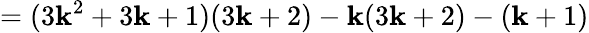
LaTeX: =(3\mathbf{k}^{2}+3\mathbf{k}+1)(3\mathbf{k}+2)-\mathbf{k}(3\mathbf{k}+2)-(\mathbf{k}+1)